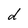
Character: d